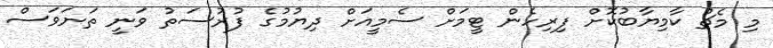
މި މެޗު ކާމިޔާބުކޮށް ފިރިހެން ޓީމަށް ސެމީއަށް ދިޔުމުގެ ފުރުސަތު ވަނީ ތަނަވަސް